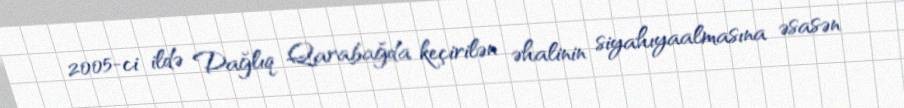
2005-ci ildə Dağlıq Qarabağda keçirilən əhalinin siyahıyaalmasına əsasən